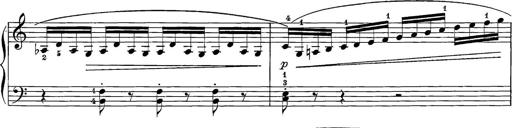
Title: 12 Sonatine per Pianoforte
Composer: Friedrich Kuhlau